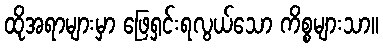
ထိုအရာများမှာ ဖြေရှင်းရလွယ်သော ကိစ္စများသာ။